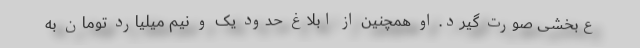
ع‌بخشی صورت گیرد. او همچنین از ابلاغ حدود یک و نیم میلیارد تومان به